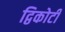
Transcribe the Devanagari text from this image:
द्विकोटी